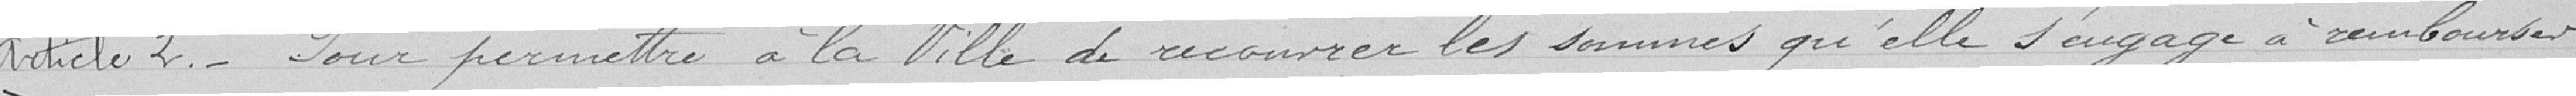
Article 2. - Pour permettre à la ville de recouvrir les sommes qu'elle s'engage à rembourses